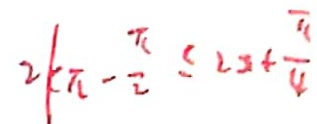
2 k \pi - \frac { \pi } { 2 } \leq 2 3 + \frac { \pi } { 4 }